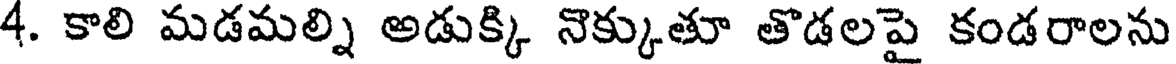
4. కాలి మడమల్ని అడుక్కి నొక్కుతూ తొడలపై కండరాలను